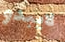
لايبدو